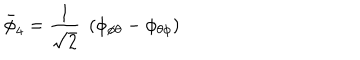
LaTeX: \bar { \phi } _ { 4 } = { \frac { 1 } { \sqrt 2 } } \; \left( \phi _ { \phi \theta } - \phi _ { \theta \phi } \right)